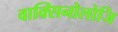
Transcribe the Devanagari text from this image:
वाक्सिनोलोजि